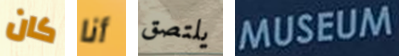
كان أنا يلتصق MUSEUM